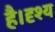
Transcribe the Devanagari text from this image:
है।दृश्य